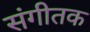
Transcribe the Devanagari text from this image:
संगीतक